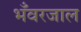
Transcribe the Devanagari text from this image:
भँवरजाल